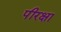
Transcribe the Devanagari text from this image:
पीरक्षा